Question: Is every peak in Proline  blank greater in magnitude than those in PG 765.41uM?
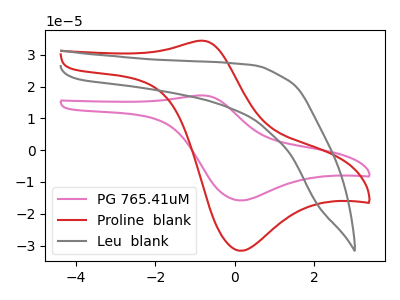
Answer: <think>The pink curve "PG 765.41uM" has an anodic peak at (-0.80V, 17.20uA) and a cathodic peak at (0.15V, -15.80uA). The red curve "Proline  blank" has an anodic peak at (-0.80V, 34.40uA) and a cathodic peak at (0.15V, -31.65uA). The gray curve "Leu  blank" has no peaks.</think>
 <answer>Every peak in "Proline  blank" is higher than every peak in "PG 765.41uM".</answer>
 <eval>higher</eval>